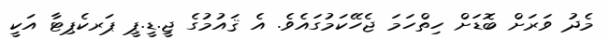
މެދު ވަރަށް ބޮޑަށް ހިތްހަމަ ޖެހޭކަމުގައެވެ. އެ ޤައުމުގެ ޖީ.ޑީ.ޕީ ޕަރކެޕިޓާ އަކީ